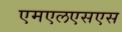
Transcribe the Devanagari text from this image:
एमएलएसएस